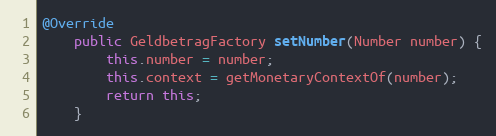
Language: Java
@Override
    public GeldbetragFactory setNumber(Number number) {
        this.number = number;
        this.context = getMonetaryContextOf(number);
        return this;
    }